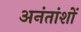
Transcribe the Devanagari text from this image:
अनंतांशों